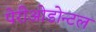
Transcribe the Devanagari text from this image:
पेरीओडोन्टल